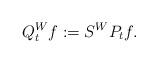
LaTeX: \begin{align*}Q_t^W f := S^W P_t f. \end{align*}